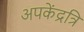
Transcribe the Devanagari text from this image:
अपकेंद्रत्रि